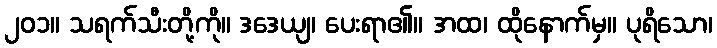
၂၀၁။ သရက်သီးတို့ကို။ ဒဒေယျ၊ ပေးရာ၏။ အထ၊ ထိုနောက်မှ။ ပုရိသော၊